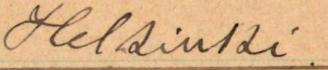
Helsinki.